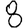
Digit: 8